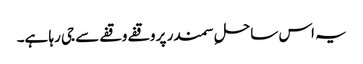
یہ اس ساحلِ سمندر پر وقفے وقفے سے جی رہا ہے۔